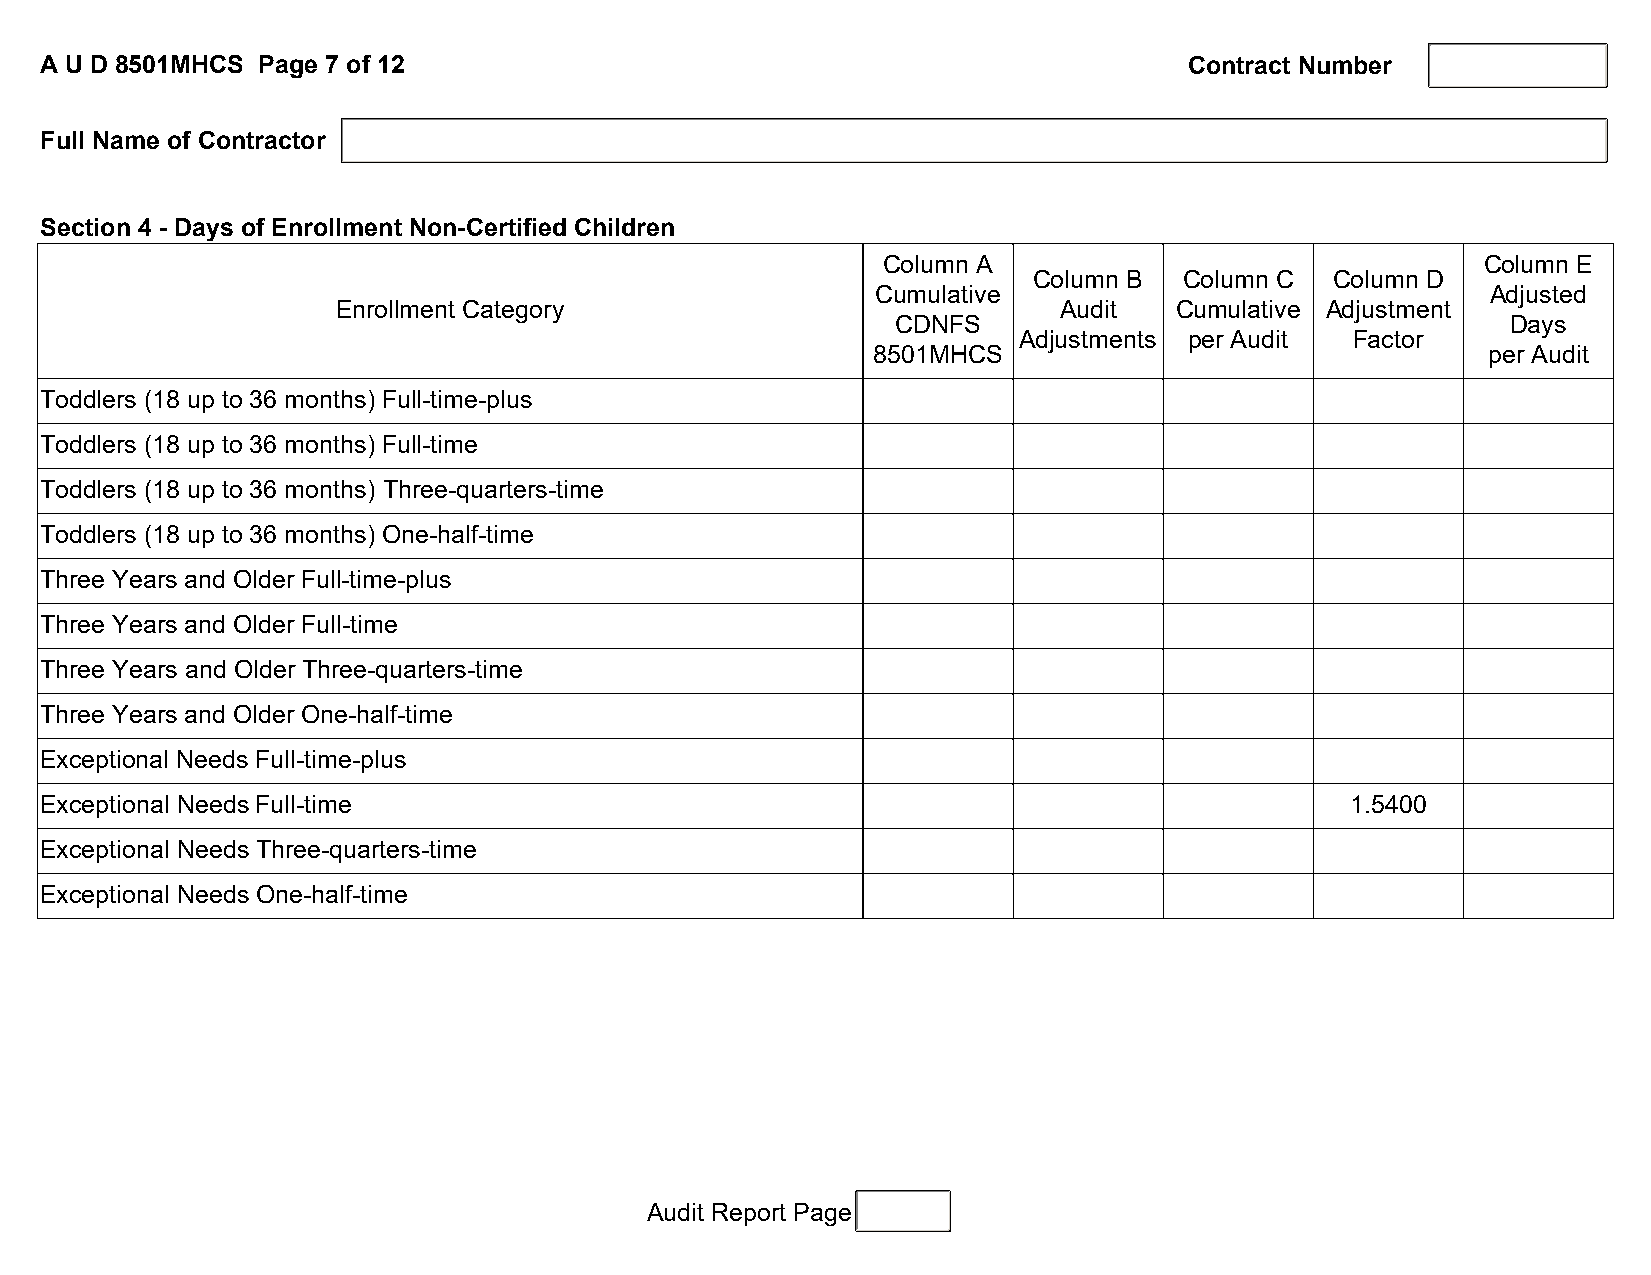
A U D 8501MHCS Page 7 of 12                                                 Contract Number
 Full Name of Contractor
 Section 4 - Days of Enrollment Non-Certified Children
 Column A                                Column E
 Column B  Column C  Column D
 Cumulative                               Adjusted
 Enrollment Category                             Audit   Cumulative Adjustment
 CDNFS                                    Days
 Adjustments per Audit  Factor
 8501MHCS                                per Audit
 Toddlers (18 up to 36 months) Full-time-plus
 Toddlers (18 up to 36 months) Full-time
 Toddlers (18 up to 36 months) Three-quarters-time
 Toddlers (18 up to 36 months) One-half-time
 Three Years and Older Full-time-plus
 Three Years and Older Full-time
 Three Years and Older Three-quarters-time
 Three Years and Older One-half-time
 Exceptional Needs Full-time-plus
 Exceptional Needs Full-time                                                           1.5400
 Exceptional Needs Three-quarters-time
 Exceptional Needs One-half-time
 Audit Report Page